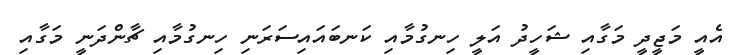
އެއީ މަޖީދީ މަގާއި ޝަހީދު އަލީ ހިނގުމާއި ކަނބައައިސަރަނި ހިނގުމާއި ޗާންދަނީ މަގާއި